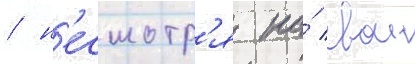
/ н'есмотр'я на́ свои